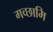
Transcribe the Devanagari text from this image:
गच्छामि